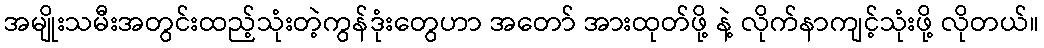
အမျိုးသမီးအတွင်းထည့်သုံးတဲ့ကွန်ဒုံးတွေဟာ အတော် အားထုတ်ဖို့ နဲ့ လိုက်နာကျင့်သုံးဖို့ လိုတယ်။